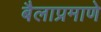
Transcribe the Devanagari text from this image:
बैलाप्रमाणे